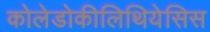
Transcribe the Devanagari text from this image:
कोलेडोकीलिथियेसिस